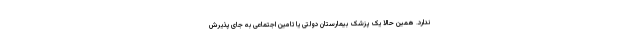
ندارد. همین حالا یک پزشک بیمارستان دولتی یا تامین اجتماعی به جای پذیرش